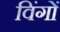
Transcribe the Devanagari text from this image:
विंगों